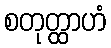
စတုတ္ထာဟံ